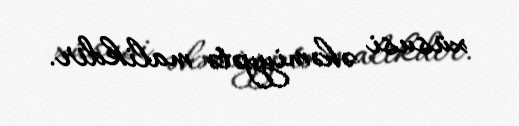
xüsusi əhəmiyyətə malikdir.